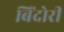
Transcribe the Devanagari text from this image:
बिंदोरी